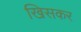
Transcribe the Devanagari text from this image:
खिसकर